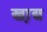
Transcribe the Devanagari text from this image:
खा़द्य